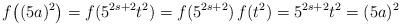
LaTeX: \begin{align*}f\big( (5a)^2 \big) = f( 5^{2s+2} t^2 ) = f(5^{2s+2})\,f(t^2) = 5^{2s+2} t^2 = (5a)^2\end{align*}